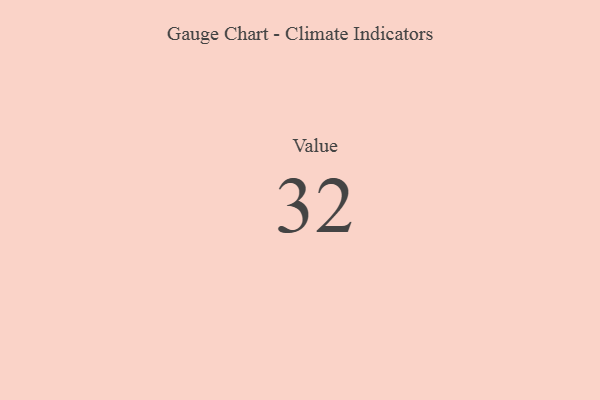
{"axis": {"x": "Metric", "y": "Value"}, "legend": [""], "data": [{"x": "Value", "y": 32, "type": ""}]}